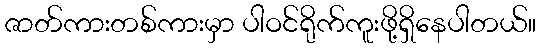
ဇာတ်ကားတစ်ကားမှာ ပါဝင်ရိုက်ကူးဖို့ရှိနေပါတယ်။